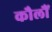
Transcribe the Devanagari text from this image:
कौलौं